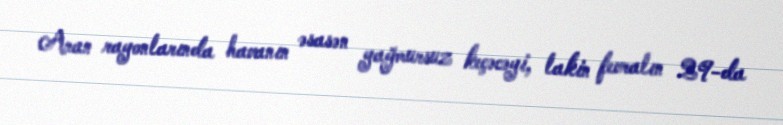
Aran rayonlarında havanın əsasən yağmursuz keçəcəyi, lakin fevralın 29-da